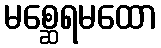
မစ္ဆေရမထော